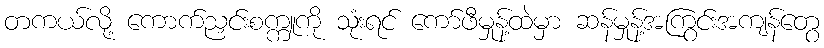
တကယ်လို့ ကောက်ညှင်းစက္ကူကို သုံးရင် ကော်ဖီမှုန့်ထဲမှာ ဆန်မှုန့်အကြွင်းအကျန်တွေ